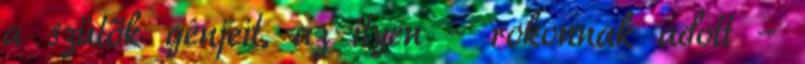
a szülők génjeit, az ilyen – rokonnak adott –